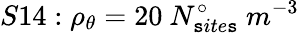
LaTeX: S14:\rho_{\theta}=20\ N_{\mathtt{s}ite\mathtt{s}}^{\circ}\ m^{-3}